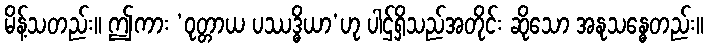
မိန့်သတည်း။ ဤကား ‘ဝုတ္တာယ ပဿဒ္ဓိယာ’ဟု ပါဌ်ရှိသည်အတိုင်း ဆိုသော အနုသန္ဓေတည်း။